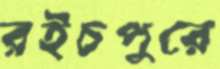
রইচপুরে